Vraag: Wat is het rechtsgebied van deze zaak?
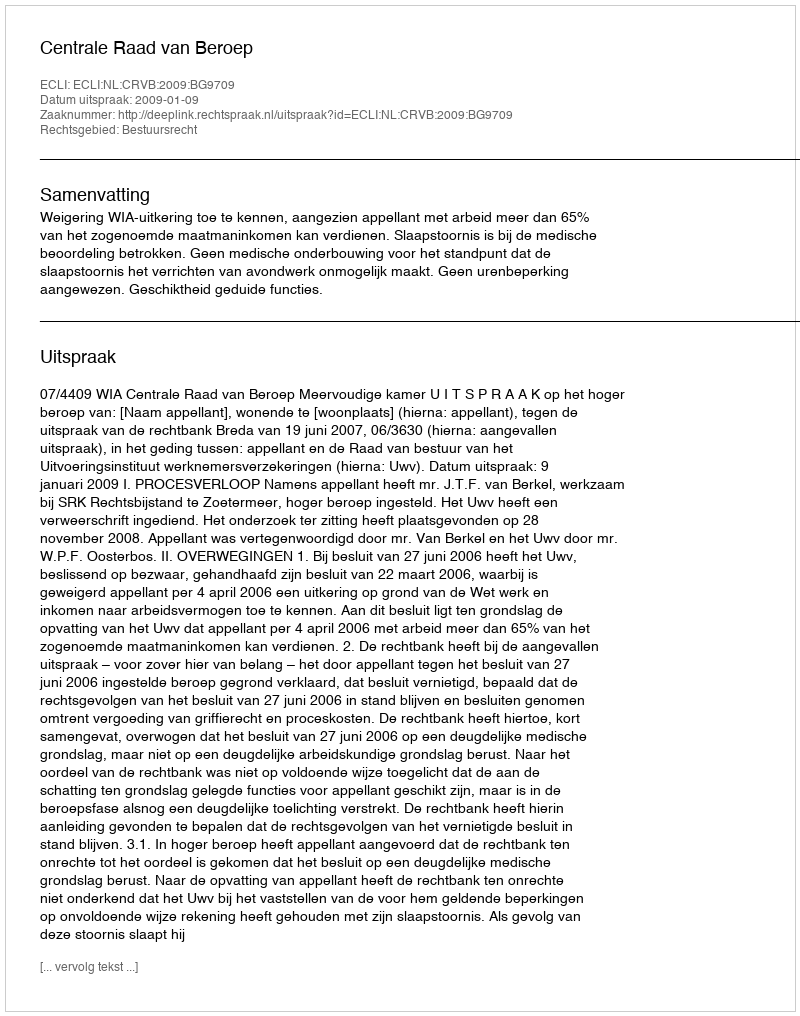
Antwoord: Bestuursrecht